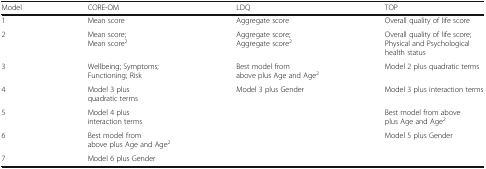
| Model | CORE-OM | LDQ | TOP |
 | --- | --- | --- | --- |
 | 1 | Mean score | Aggregate score | Overall quality of life score |
 | 2 | Mean score; Mean score2 | Aggregate score; Aggregate score2 | Overall quality of life score; Physical and Psychological health status |
 | 3 | Wellbeing; Symptoms; Functioning; Risk | Best model from above plus Age and Age2 | Model 2 plus quadratic terms |
 | 4 | Model 3 plus quadratic terms | Model 3 plus Gender | Model 3 plus interaction terms |
 | 5 | Model 4 plus interaction terms | <ROWSPAN=3>  | Best model from above plus Age and Age2 |
 | 6 | Best model from above plus Age and Age2 | Model 5 plus Gender |
 | 7 | Model 6 plus Gender |  |